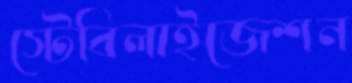
স্টেবিলাইজেশন